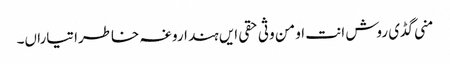
منی گڈی روش انت او من وثی حقی ایں ہند اروغہ خاطرا تیاراں۔